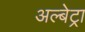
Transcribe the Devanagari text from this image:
अल्बेट्रा